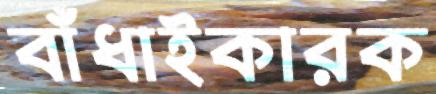
বাঁধাইকারক